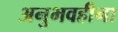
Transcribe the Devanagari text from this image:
अनुभवहीना